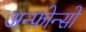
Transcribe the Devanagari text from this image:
अन्फ़ोन्सो